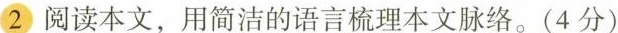
②阅读本文，用简洁的语言梳理本文脉络。(4分)